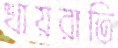
খায়রাতি